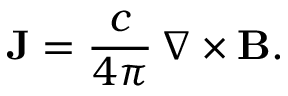
\mathbf { J } = \frac { c } { 4 \pi } \, \nabla \times \mathbf { B } .